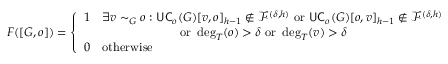
F ( [ G , o ] ) = \left\{ \begin{array} { l l } { 1 } & { \exists v \sim _ { G } o : \mathsf { U C } _ { o } ( G ) [ v , o ] _ { h - 1 } \notin \mathcal { F } ^ { ( \delta , h ) } \mathrm { ~ o r ~ } \mathsf { U C } _ { o } ( G ) [ o , v ] _ { h - 1 } \notin \mathcal { F } ^ { ( \delta , h ) } } \\ & { \qquad \qquad \qquad \mathrm { ~ o r ~ } \deg _ { T } ( o ) > \delta \mathrm { ~ o r ~ } \deg _ { T } ( v ) > \delta } \\ { 0 } & { \mathrm { o t h e r w i s e } } \end{array} \right.